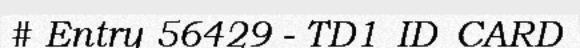
# Entry 56429 - TD1_ID_CARD